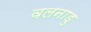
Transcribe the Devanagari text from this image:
वलनाडु